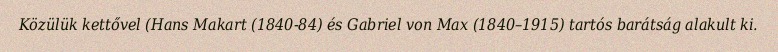
Közülük kettővel (Hans Makart (1840-84) és Gabriel von Max (1840–1915) tartós barátság alakult ki.